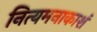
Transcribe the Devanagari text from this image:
नित्यमनाकाशं